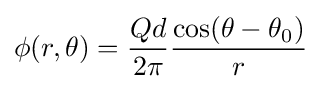
\phi (r,\theta )={\frac {Qd}{2\pi }}{\frac {\cos(\theta -\theta _{0})}{r}}